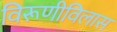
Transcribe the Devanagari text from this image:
विरूणीविलास